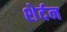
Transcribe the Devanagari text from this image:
शेर्दन